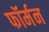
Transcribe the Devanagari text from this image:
फॉर्मन